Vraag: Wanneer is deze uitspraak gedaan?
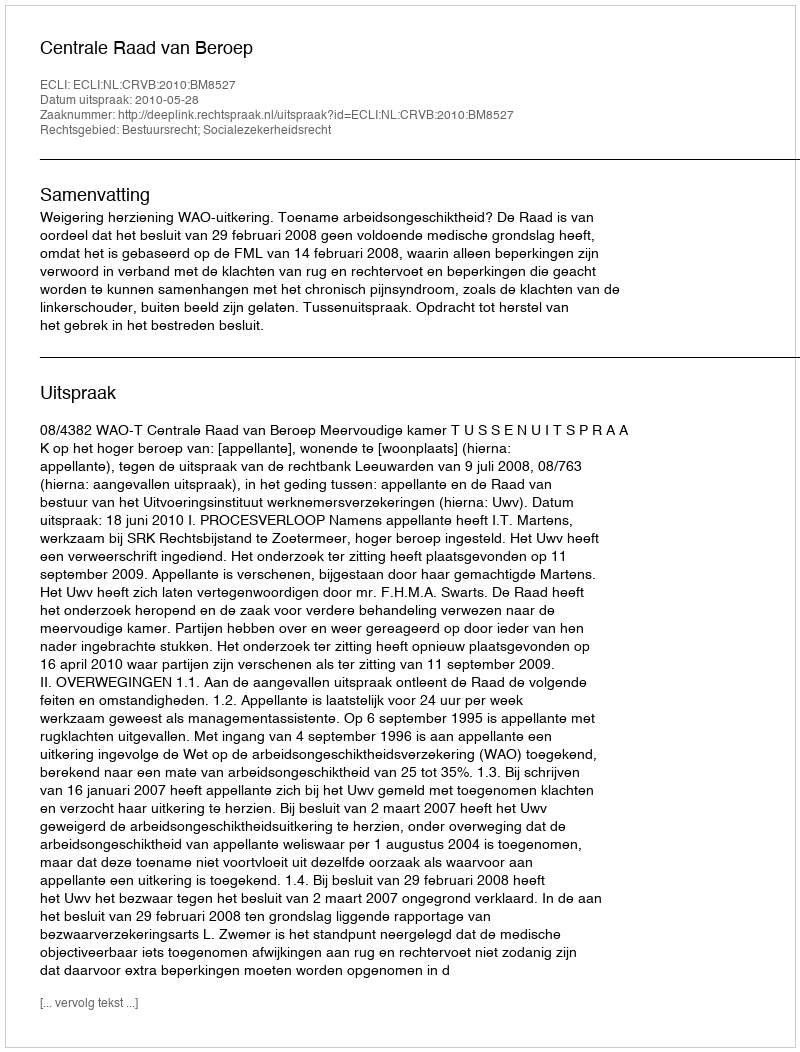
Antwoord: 2010-05-28